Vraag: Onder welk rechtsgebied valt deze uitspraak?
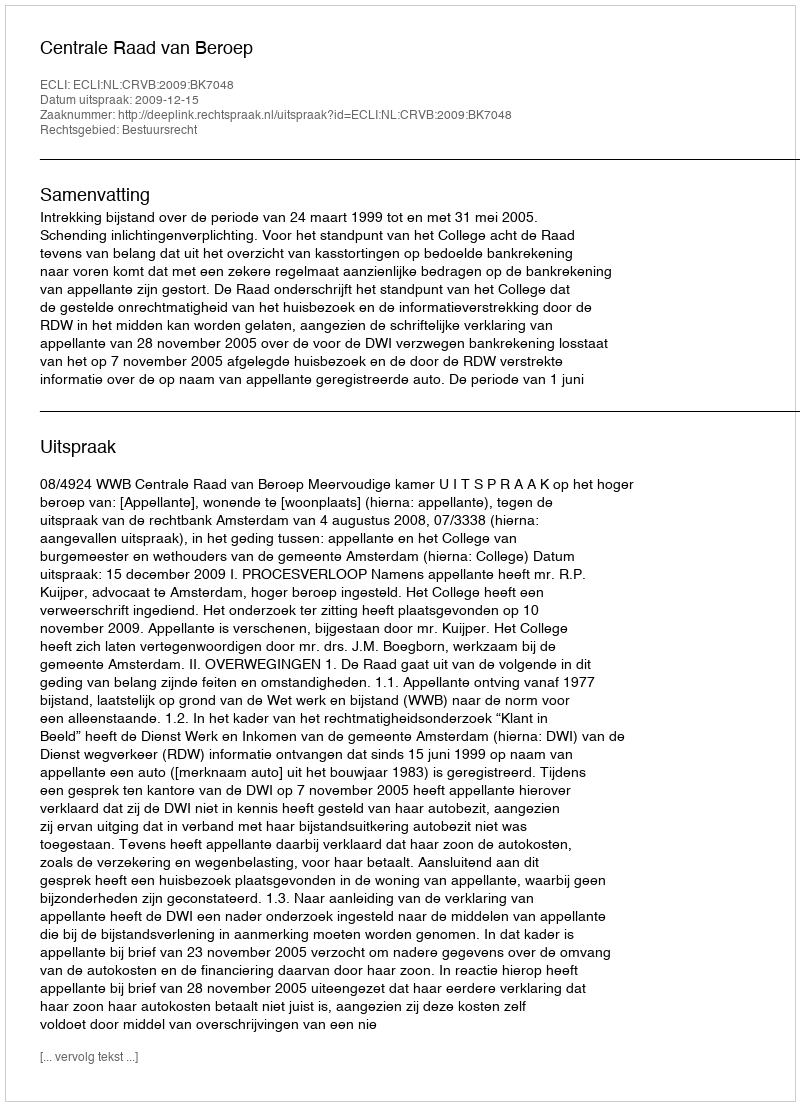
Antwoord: Bestuursrecht